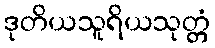
ဒုတိယသူရိယသုတ္တံ